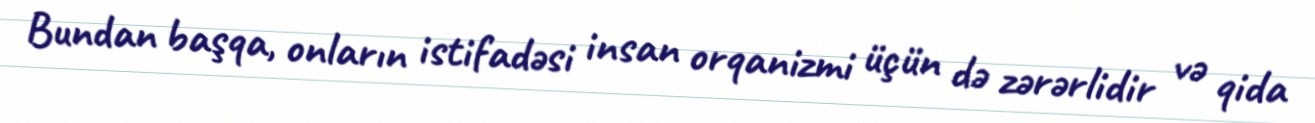
Bundan başqa, onların istifadəsi insan orqanizmi üçün də zərərlidir və qida